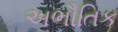
અભૌતિક